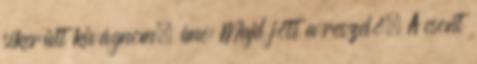
sikerült kivágnom, íme: Majd jött a reszelő. A csont